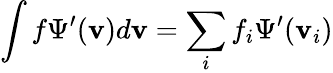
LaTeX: \int f\Psi^{\prime}(\mathbf{v})d\mathbf{v}=\sum_{i}f_{i}\Psi^{\prime}(\mathbf{v}_{i})